Report on sanitation, dispensaries, and jails in Rajputana for 1911, and on vaccination for the year 1911-1912 - 1911-1912
Year: 1911
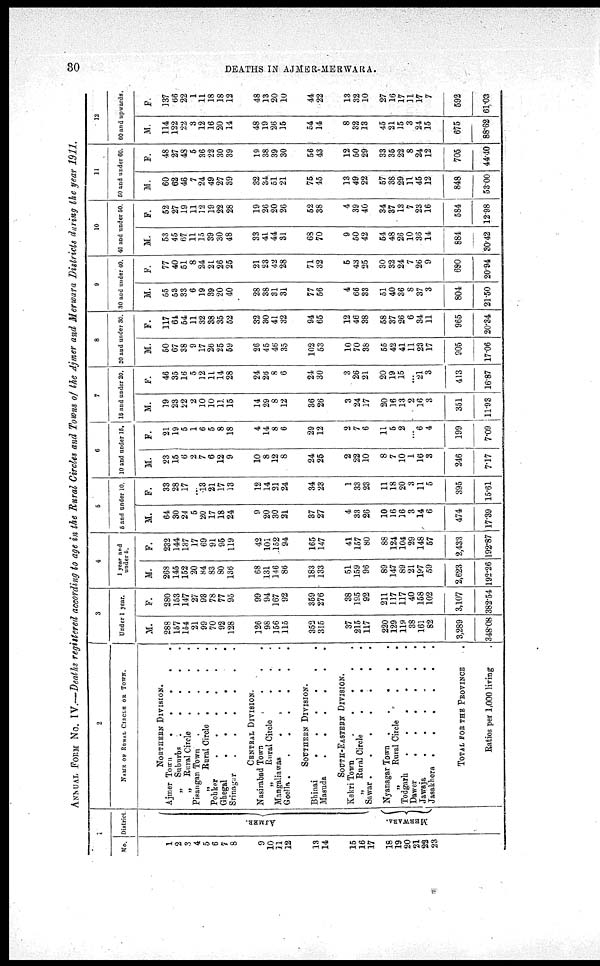
30
DEATHS IN AJMER-MERWARA.
ANNUAL FROM No. IV.—Deaths registered according to age in the Rural Circles and Towns of the Ajmer and Merwara Districts during the year 1911.
1
No.
1
2
3
4
5
6
7
8
9
10
11
12
13
14
15
16
17
18
19
20
21
22
23
District.
AJMER.
MERWARA.
2
NAME OF RURAL CIRCLE OF TOWN.
NORTHERN DIVISION.
Ajmer Town
.
.
.
.
.
„
Suburbs .
.
.
.
.
„
Rural Circle
.
.
.
.
Pisangan Town
.
.
.
.
.
„
Rural Circle .
.
.
.
Pohker
. . . . . .
Ghegal
.
.
.
. .
Srinagar
.
.
.
.
.
.
.
CENTRAL DIVISION.
Nasirabad Town
. . . .
„
Rural Circle
.
. .
Mangaliawas
.
.
.
. .
Goella .
.
.
.
.
.
.
SOUTHERN DIVISION.
Bhinai
.
.
.
.
.
.
Masuda
.
.
.
.
.
.
SOUTH-EASTERN DIVISION.
Kekri Town
.
.
.
.
.
„ Rural Circle
.
.
.
.
Sawar .
.
.
.
.
.
.
Nyanagar Town .
.
.
.
.
„
Rural Circle
.
.
.
Todgarh
.
.
.
.
.
.
Dawer
.
.
.
.
.
.
Jawaja
.
.
.
.
.
.
Jasakhera .
.
.
.
.
.
TOTAL FOR THE PROVINCE .
Ratios
per 1,000 living .
3
Under 1 year.
M.
288
157
154
21
99
70
92
128
126
98
156
115
352
315
37
215
117
220
129
119
38
161
82
3,289
348.08
F.
280
153
147
27
93
78
77
95
99
94
167
92
359
276
38
195
92
211
117
117
40
158
102
3,107
382.54
4
1 year and
under 5.
M.
268
145
152
20
84
83
80
136
68
131
146
86
183
133
51
159
96
89
147
89
21
197
59
2,623
192.26
F.
232
144
137
17
69
91
95
119
42
101
152
94
165
147
41
157
80
88
124
104
29
148
57
2,433
192.87
5
5 and under 10.
M.
64
30
24
5
20
17
18
24
9
20
30
21
37
27
4
33
26
10
16
16
3
14
6
474
17.39
F.
33
28
17
...
13
21
17
13
12
14
21
24
34
23
1
33
23
11
18
20
3
11
5
395
15.61
6
10 and under 15.
M.
23
15
6
2
7
6
12
9
10
8
12
8
24
25
2
22
10
8
7
10
1
16
3
246
7.17
F.
21
19
5
1
6
5
8
18
4
14
8
6
29
12
2
7
6
11
5
2
...
6
4
199
7.09
7
15 and under 20.
M.
19
23
22
2
10
10
11
15
14
29
8
12
36
26
3
24
17
20
16
13
2
16
3
351
11.93
F.
46
35
16
5
12
11
14
28
24
26
8
6
24
30
3
26
21
20
19
15
...
21
3
413
16.87
8
20 and under 30.
M.
50
67
38
9
17
26
25
59
26
45
46
35
102
53
10
70
38
55
42
41
11
23
17
905
17.06
F.
117
64
54
11
32
38
35
52
32
30
41
32
94
65
12
46
38
58
37
26
6
34
11
965
20.34
9
30 and under 40.
M.
55
53
33
6
19
39
20
40
28
38
31
31
77
56
4
66
33
51
40
36
8
37
3
804
21.50
F.
77
40
51
8
24
21
26
25
21
23
42
28
71
32
5
43
25
30
32
24
7
26
9
690
20.94
10
40 and under 50.
M.
53
45
67
11
15
39
30
48
33
41
44
31
68
70
9
50
42
54
48
26
10
36
14
884
30.42
F.
52
27
19
11
12
19
22
28
19
26
20
26
52
38
4
39
40
34
37
13
7
23
16
584
12.98
11
50 and under 60.
M.
60
62
46
7
24
49
27
39
32
34
51
21
75
15
13
49
22
57
38
29
11
45
12
848
53.00
F.
48
27
48
5
36
22
30
39
19
38
39
30
56
43
12
50
29
33
35
22
8
24
12
705
44.40
12
60 and upwards.
M.
114
122
22
3
12
16
20
14
48
19
26
15
54
14
8
32
13
45
21
15
3
24
15
675
88.62
F.
137
66
22
1
11
18
18
12
48
13
20
10
44
22
13
32
10
27
16
17
11
17
7
592
61.03